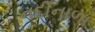
નદીનાળા